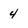
Character: 4